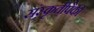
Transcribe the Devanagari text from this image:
संस्कृतीपैकी